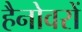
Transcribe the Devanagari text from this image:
हैनोवरों